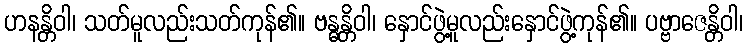
ဟနန္တိဝါ၊ သတ်မူလည်းသတ်ကုန်၏။ ဗန္ဓန္တိဝါ၊ နှောင်ဖွဲ့မူလည်းနှောင်ဖွဲ့ကုန်၏။ ပဗ္ဗာဇေန္တိဝါ၊